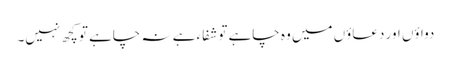
دواؤں اور دعاؤں میں وہ چاہے تو شفاء ہے نہ چاہے تو کچھ نہیں۔